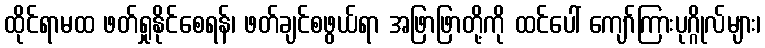
ထိုင်ရာမထ ဖတ်ရှုနိုင်စေရန်၊ ဖတ်ချင်စဖွယ်ရာ အဖြာဖြာတို့ကို ထင်ပေါ် ကျော်ကြားပုဂ္ဂိုလ်များ၊